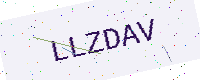
Text: LLZDAV